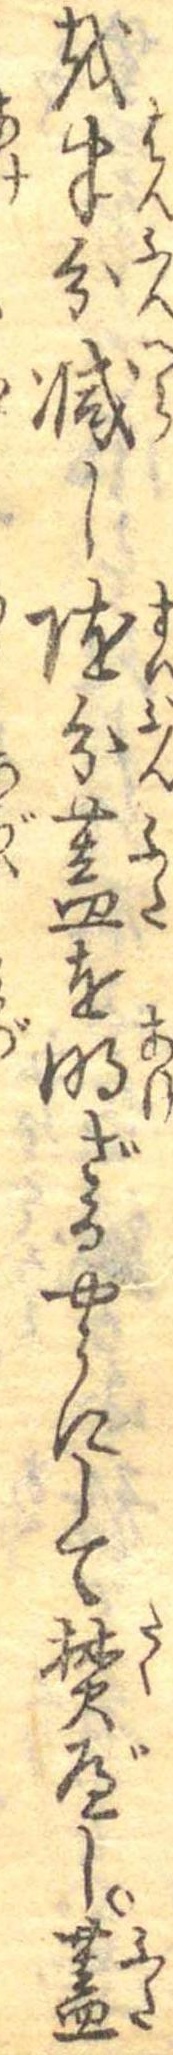
を半分減し随分蓋を明ざるやうにして焚べし蓋